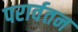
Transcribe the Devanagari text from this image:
परार्वतन